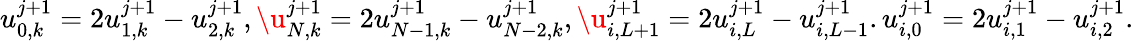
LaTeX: \begin{array}{r}{u_{0,k}^{j+1}=2u_{1,k}^{j+1}-u_{2,k}^{j+1},\u_{N,k}^{j+1}=2u_{N-1,k}^{j+1}-u_{N-2,k}^{j+1},\u_{i,L+1}^{j+1}=2u_{i,L}^{j+1}-u_{i,L-1}^{j+1}.u_{i,0}^{j+1}=2u_{i,1}^{j+1}-u_{i,2}^{j+1}.}\end{array}